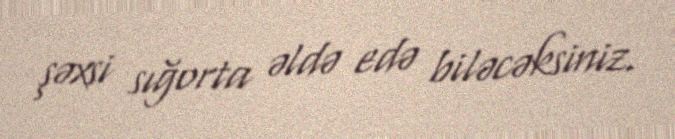
şəxsi sığorta əldə edə biləcəksiniz.